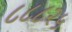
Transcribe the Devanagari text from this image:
८८८२५